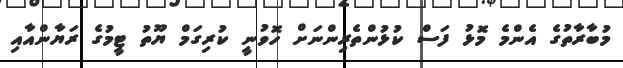
މުބާރާތުގެ އެންމެ މޮޅު ފަސް ކުޅުންތެރިންނަށް ހޮވުނީ ކުރިގަމް ޔޫތު ޓީމުގެ ރަޔާންއާއި